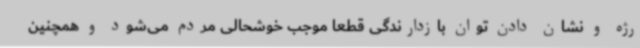
رژه و نشان دادن توان بازدارندگی قطعا موجب خوشحالی مردم می‌شود و همچنین